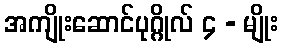
အကျိုးဆောင်ပုဂ္ဂိုလ် ၄ - မျိုး